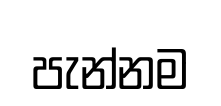
පැන්නම